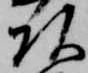
頭